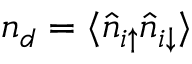
n _ { d } = \langle \hat { n } _ { i \uparrow } \hat { n } _ { i \downarrow } \rangle